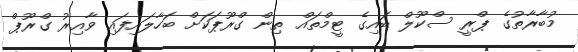
މުބާރާތުގެ ޕްރީ ސްކޫލް ބައިގެ ޓީމްތައް ތިން ގްރޫޕަކަށް ބަހާލައިފައި ވާއިރު ގްރޫޕް